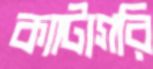
ক্যাটাগরি